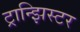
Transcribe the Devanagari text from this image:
ट्रान्झिस्टर